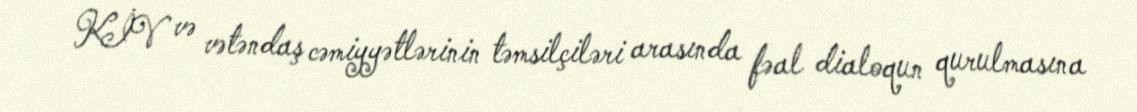
KİV və vətəndaş cəmiyyətlərinin təmsilçiləri arasında fəal dialoqun qurulmasına